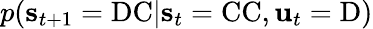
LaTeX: p(\mathbf{s}_{t+1}=\mathrm{DC}|\mathbf{s}_{t}=\mathrm{CC},\mathbf{u}_{t}=\mathrm{D})